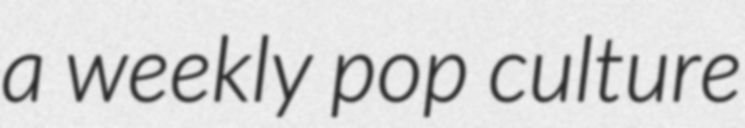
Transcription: a weekly pop culture